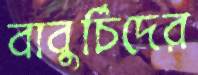
বাবুর্চিদের